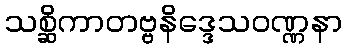
သစ္ဆိကာတဗ္ဗနိဒ္ဒေသဝဏ္ဏနာ